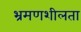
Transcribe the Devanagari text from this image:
भ्रमणशीलता